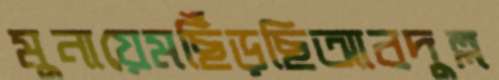
মুনায়েমছিঁড়ছিআবদুল্ল